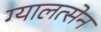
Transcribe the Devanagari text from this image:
ग्यालत्सेन